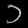
Digit: ၁